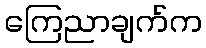
ကြေညာချက်က